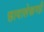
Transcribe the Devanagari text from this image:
छायालेखनही